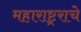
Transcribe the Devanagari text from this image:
महाराष्ट्र्राचे